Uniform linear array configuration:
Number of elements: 48
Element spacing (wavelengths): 0.75
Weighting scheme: cosine
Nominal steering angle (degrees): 15
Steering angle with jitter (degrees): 14.108
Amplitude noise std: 0.05
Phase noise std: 0.05

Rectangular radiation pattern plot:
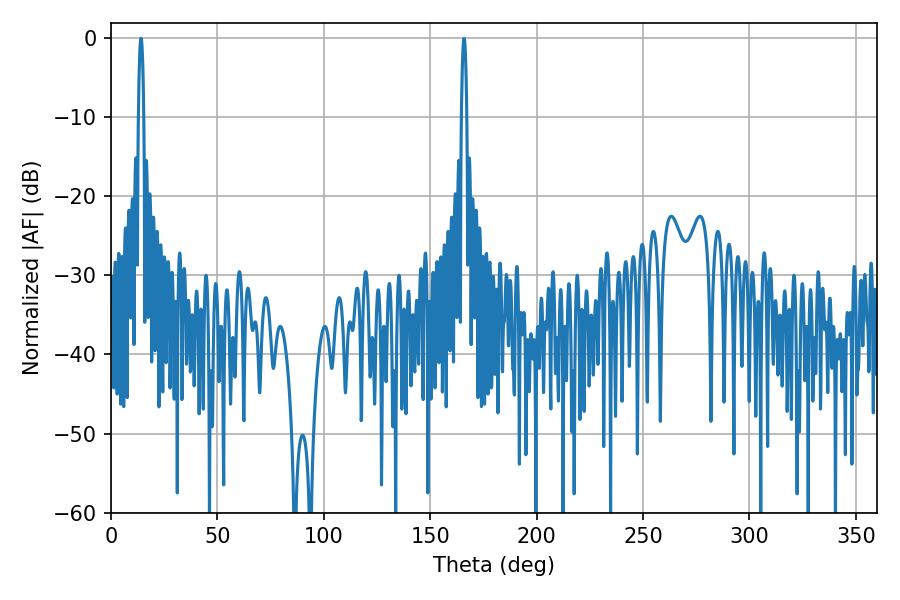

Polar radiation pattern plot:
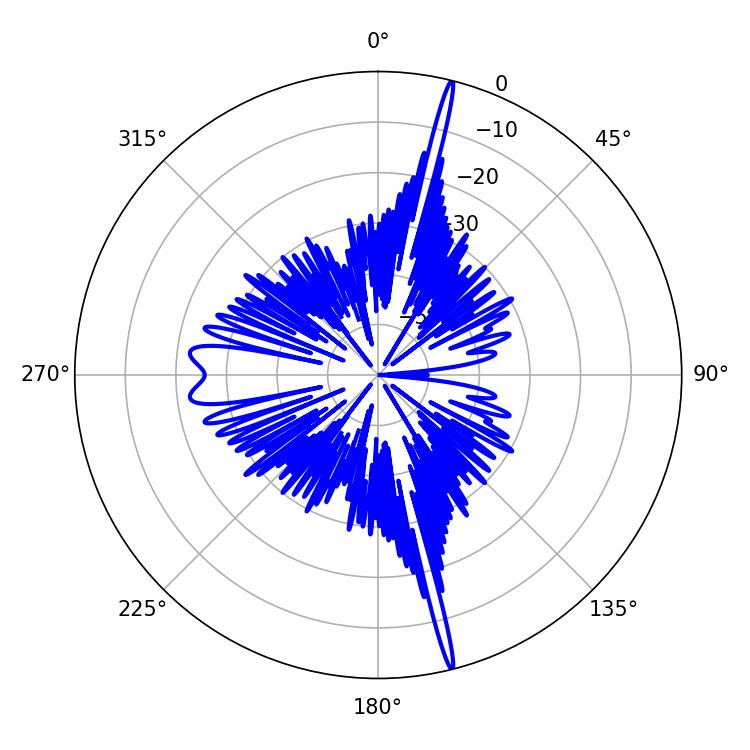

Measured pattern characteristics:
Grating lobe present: TRUE
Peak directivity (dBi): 22.247
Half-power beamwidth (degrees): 1.26
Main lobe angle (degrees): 14.04